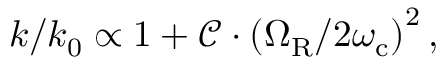
{ k } / { k _ { 0 } } \propto 1 + \mathcal { C } \cdot \left( { \Omega _ { \mathrm { R } } } / { 2 \omega _ { \mathrm { c } } } \right) ^ { 2 } ,